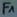
Text: F1